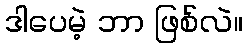
ဒါပေမဲ့ ဘာ ဖြစ်လဲ။